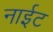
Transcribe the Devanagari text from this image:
नाईट